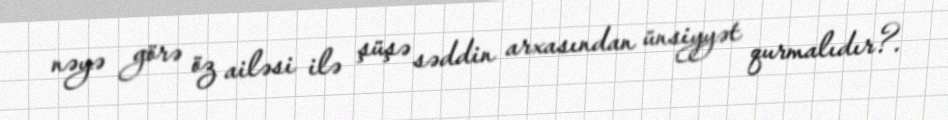
nəyə görə öz ailəsi ilə şüşə səddin arxasından ünsiyyət qurmalıdır?.